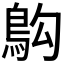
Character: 𫚱